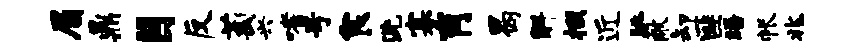
眉鼎目反萄兴嗜号食洗寡肖曷斛掇近眺蔽卸匪晤帐兆